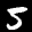
Label: 5